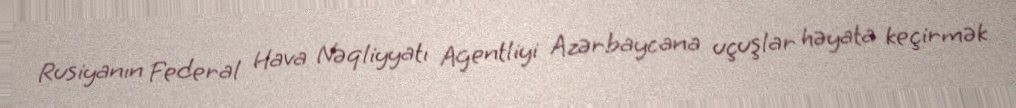
Rusiyanın Federal Hava Nəqliyyatı Agentliyi Azərbaycana uçuşlar həyata keçirmək